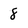
Character: 8